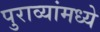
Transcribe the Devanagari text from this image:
पुराव्यांमध्ये